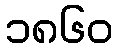
၁၈၆၀